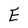
Character: E